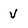
Character: V